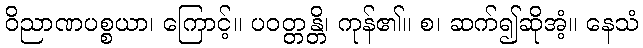
ဝိညာဏပစ္စယာ၊ ကြောင့်။ ပဝတ္တန္တိ၊ ကုန်၏။ စ၊ ဆက်၍ဆိုအံ့။ နေသံ